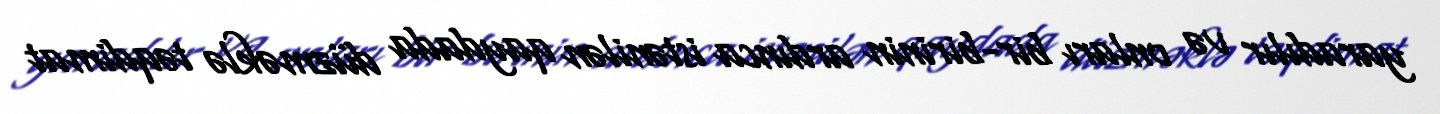
yaradılır və onları bir-birinin ardınca istənilən qaydada düzməklə təqdimat